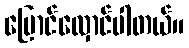
ပြောင်လှောင်ပါတယ်။